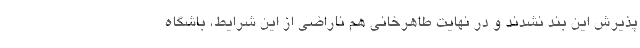
پذیرش این بند نشدند و در نهایت طاهرخانی هم ناراضی از این شرایط، باشگاه